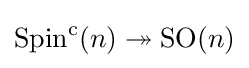
\operatorname {Spin} ^{\mathrm {c} }(n)\twoheadrightarrow \operatorname {SO} (n)